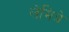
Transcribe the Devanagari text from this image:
लेमित्रे